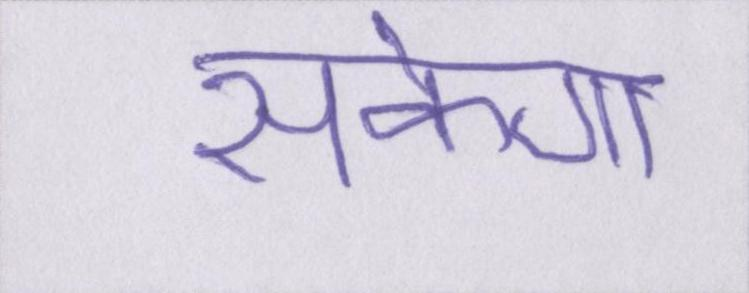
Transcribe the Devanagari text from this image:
सकेगा